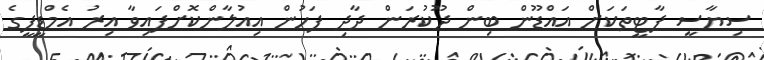
ސިޔާސީ ޕާޓީތަކަށް އައްޑޫން ބިން ދޫކުރަން ދާދި ފަހުން އިއުލާންކޮށްފައިވާ އިރު އެމްޑީޕީގެ